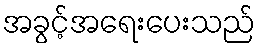
အခွင့်အရေးပေးသည်